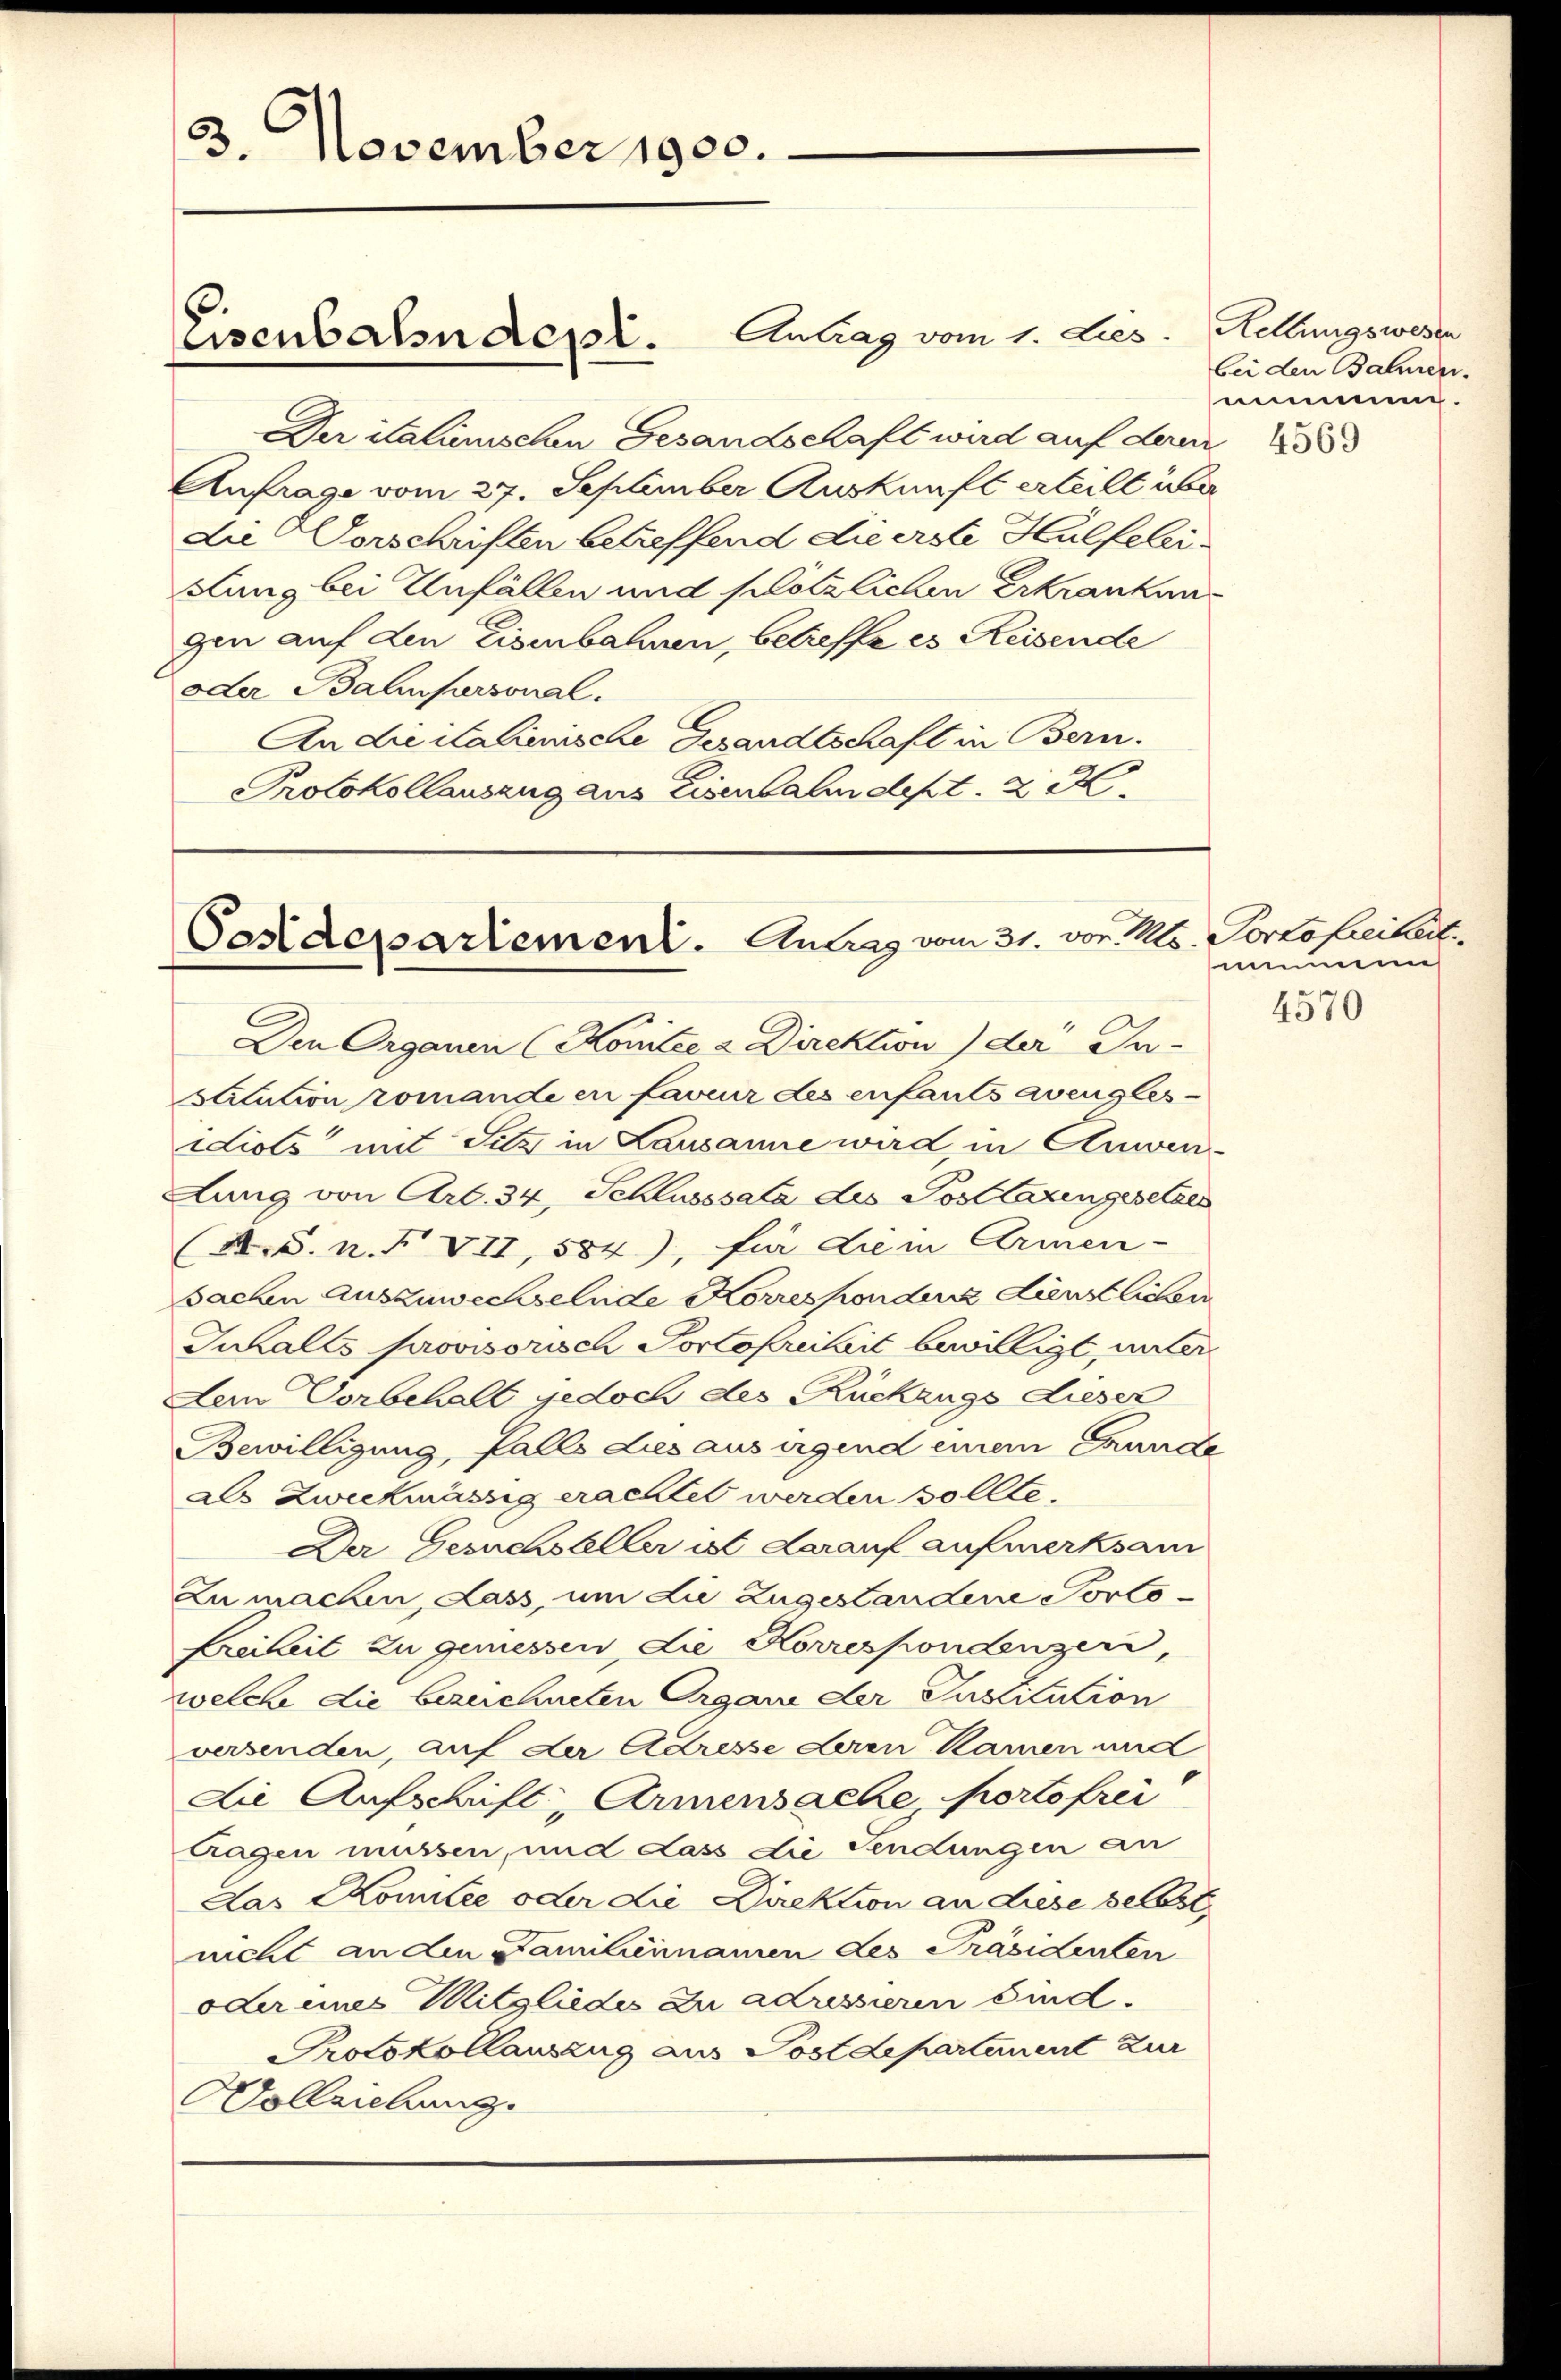
3. November 1900.

Der italinischen Gesandschaft wird auf deren
Anfrage vom 27. September Auskunft erteilt über
die Vorschriften betreffend die erste Hülfeleisung bei Unfällen und plötzlichen Erkrankung
gen auf den Eisenbahnen, betreffe es Reisende
oder Balinpersonal.
An die italienische Gesandtschaft in Bern.
Protokollauszug aus Eisenbahndept. 2 K

Eisenbahndepl. Antrag vom 1. Lies. Hebungswesen

Cestdepartement. Antrag vom 31. vor. Mts.

Den Organen (Komitée a Direktion) der An-
stitution romande en faveur des enfants avengles
Liols mit Sitz in Lausanne wird, in Anwen-
dung von Art. 34, Schlusssata des Posttazingesetzes
A.S. n. F. VII, 584), für die in Armen-
sachen Auszuwechselnde Korrespondenz dienstlichen
Inhalts provisorisch Portofreiheit bewilligt, unter
Dem Vorbehalt jedoch des Rückzugs dieser
Bewilligung, falls dies aus irgend einem Exunde
als Zweckmässig erachtet werden sollte.
Der Gesuchsteller ist darauf aufmerksam
Zu machen, Lass, um Lie Zugestandene Porto¬
Kreiheit zu gemessen, die Korrespondenzen,
welche die bezeichneten Organe der Institution
versenden, auf der Adresse deren Namen und
die Aufschrift, Armensache portofrei
tragen müssen, und dass die Sendungen an
Las Komitee oder die Direktion an Liese selbst
nicht an den Familiennamen des Präsidenten
oder eines Mitgliedes zu adressieren sind.
Protokollauszug aus Postdepartanent zur
Vollziehung.

bei den Bahnen.
nug.

4569

Portofreiheit.
im

4570